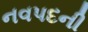
નવપદની